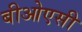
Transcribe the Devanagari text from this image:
बीओएसी